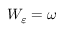
W _ { \varepsilon } = \omega